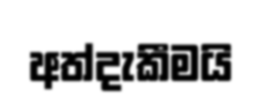
අත්දැකීමයි